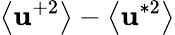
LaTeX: \left<\mathbf{u}^{+2}\right>-\left<\mathbf{u}^{*2}\right>